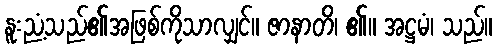
နူးညံ့သည်၏အဖြစ်ကိုသာလျှင်။ ဇာနာတိ၊ ၏။ အဋ္ဌမံ၊ သည်။